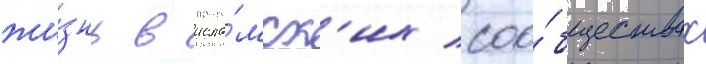
жи́знь в исла́мск'их соо́бществах